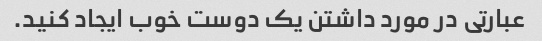
عبارتی در مورد داشتن یک دوست خوب ایجاد کنید.